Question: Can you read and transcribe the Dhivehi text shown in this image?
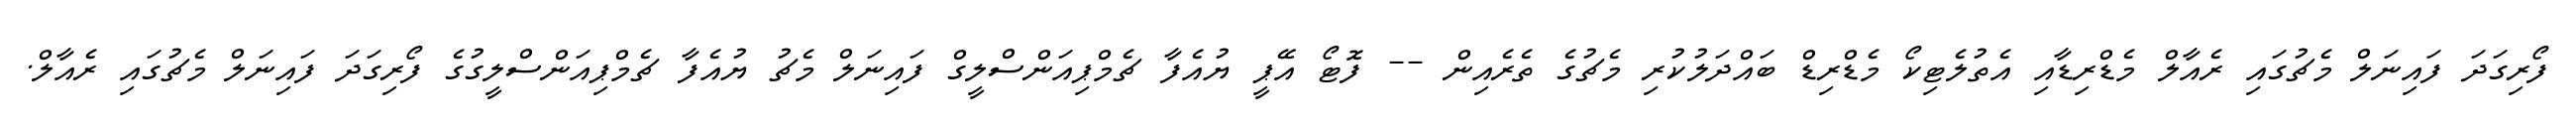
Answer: ފޯރިގަދަ ފައިނަލް މެޗުގައި ރެއާލް މެޑްރިޑާއި އެތުލެޓިކޯ މެޑްރިޑް ބައްދަލުކުރި މެޗުގެ ތެރެއިން -- ފޮޓޯ އޭޕީ ޔުއެފާ ޗެމްޕިއަންސްލީގް ފައިނަލް މެޗު ޔުއެފާ ޗެމްޕިއަންސްލީގުގެ ފޯރިގަދަ ފައިނަލް މެޗުގައި ރެއާލް.